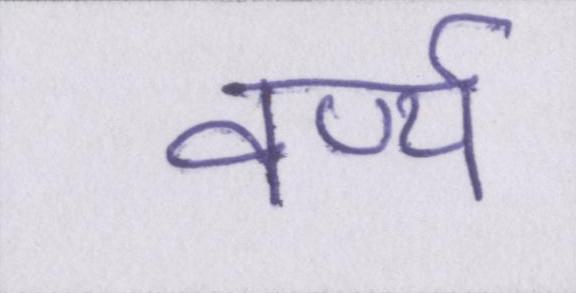
वर्ण्य